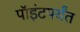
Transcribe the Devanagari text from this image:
पॉइंटपर्यंत